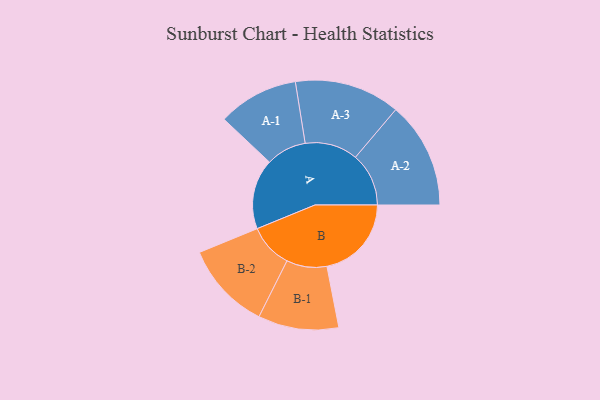
{"axis": {"x": "Segment", "y": "Value"}, "legend": ["", "A", "B"], "data": [{"x": "A", "y": 303, "type": ""}, {"x": "B", "y": 365, "type": ""}, {"x": "A-1", "y": 174, "type": "A"}, {"x": "A-2", "y": 230, "type": "A"}, {"x": "A-3", "y": 228, "type": "A"}, {"x": "B-1", "y": 174, "type": "B"}, {"x": "B-2", "y": 190, "type": "B"}]}